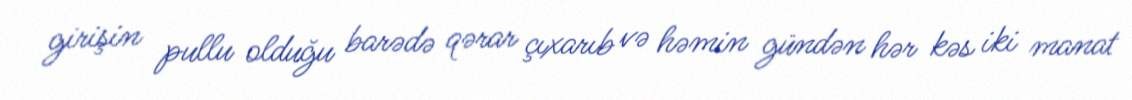
girişin pullu olduğu barədə qərar çıxarıb və həmin gündən hər kəs iki manat